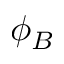
\phi _ { B }